38_143685_box_Incident_Summaries_101-172
Agency: Department of War
Page 15
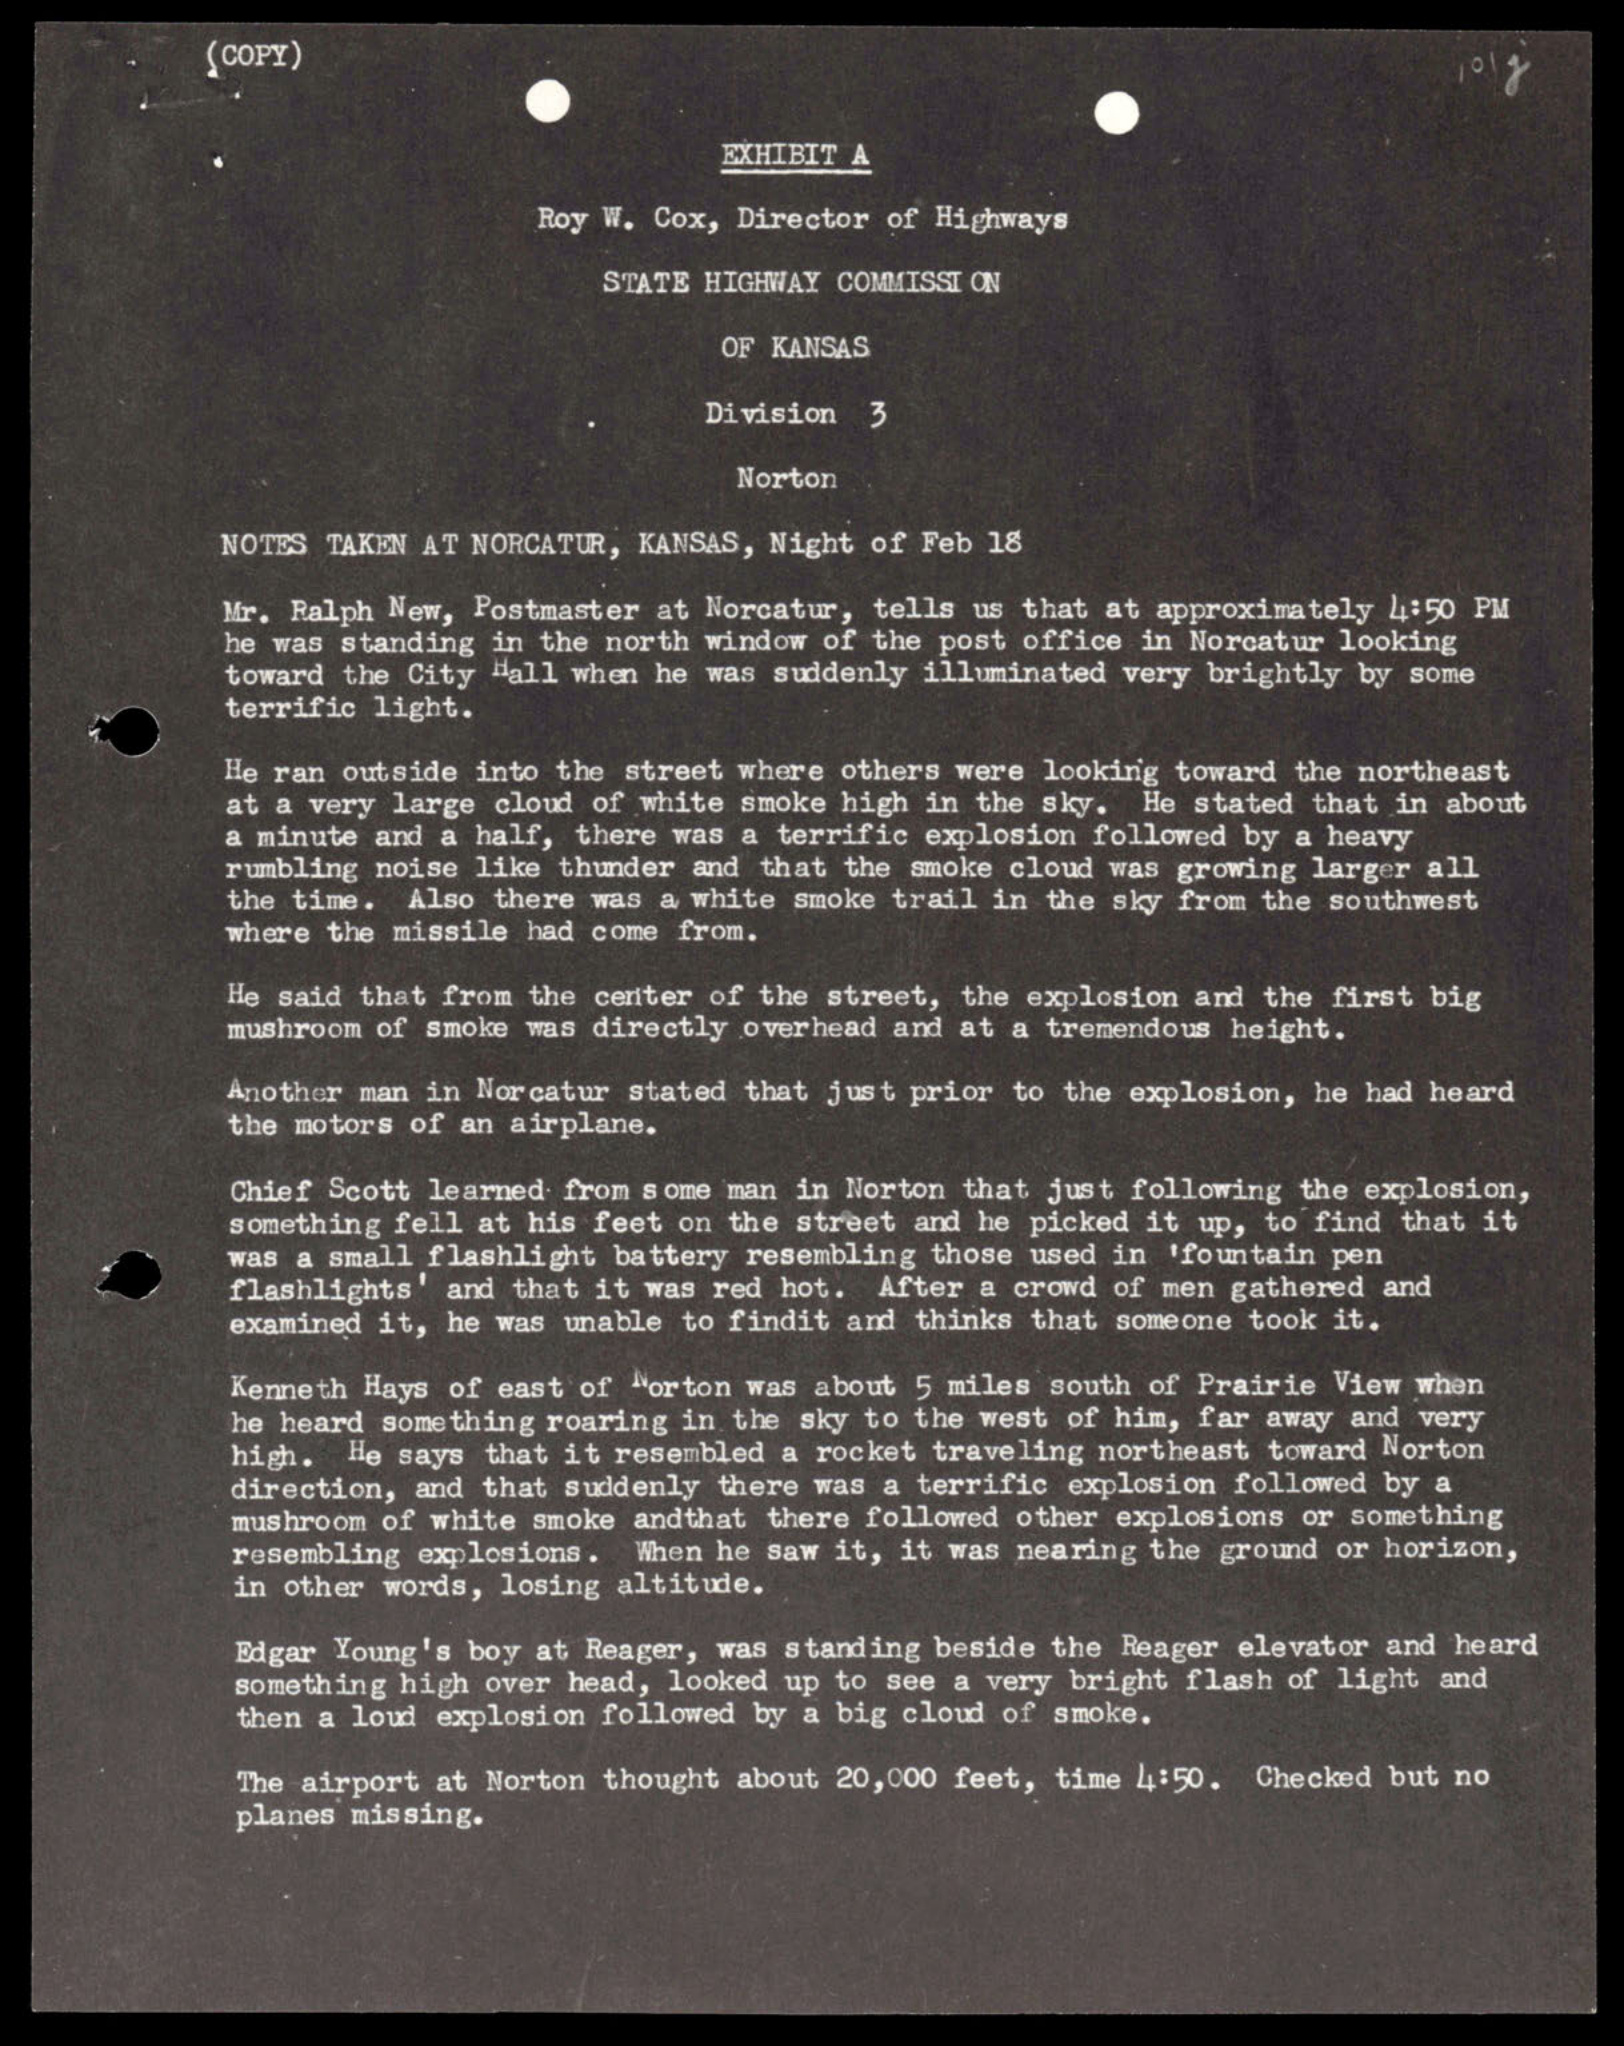